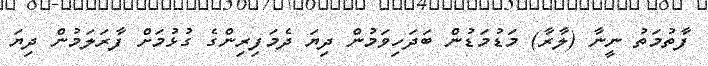
ފާތުމަތު ނީނާ (ލާރާ) މަޑުމަޑުން ބަދަހިވަމުން ދިޔަ ދެމަފިރިންގެ ގުޅުމަށް ފާރަލަމުން ދިޔަ